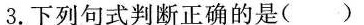
3.下列句式判断正确的是( )